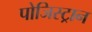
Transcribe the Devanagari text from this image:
पोजिस्ट्रान